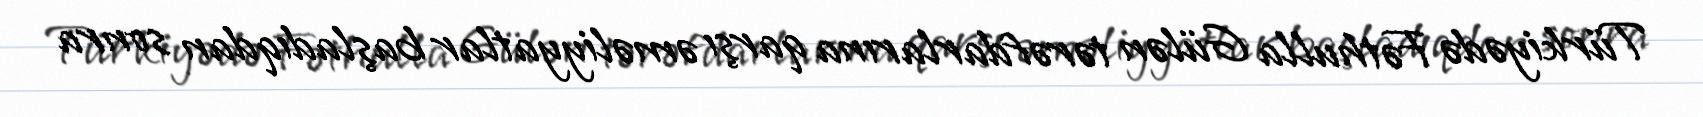
Türkiyədə Fəthulla Gülən tərəfdarlarına qarşı əməliyyatlar başladıqdan sonra